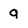
Character: 9